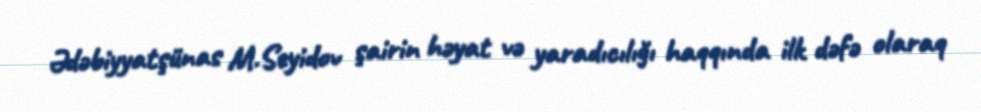
Ədəbiyyatşünas M.Seyidov şairin həyat və yaradıcılığı haqqında ilk dəfə olaraq